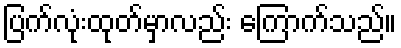
ပြက်လုံးထုတ်မှာလည်း ကြောက်သည်။